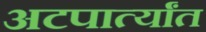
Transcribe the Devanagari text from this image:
अटपार्त्यांत